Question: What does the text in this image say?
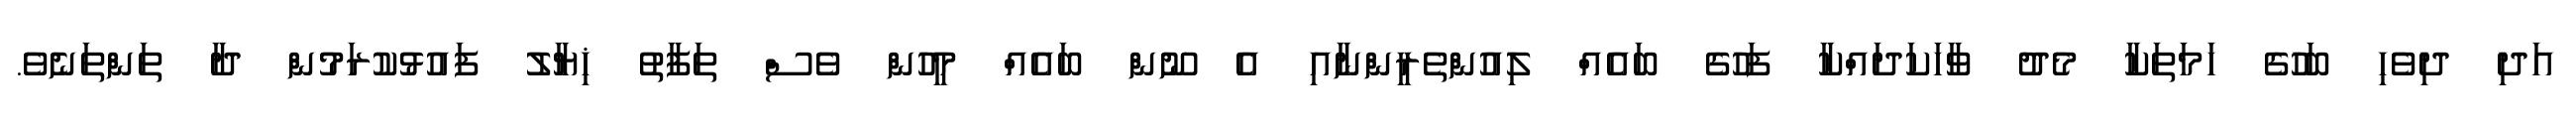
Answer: އަދި ދިވެހި ބަހުގެ ހަމަތަކާ މެދު ވާހަކަދައްކާ ފަހުގެ ބައެއް ލިއުންތެރީންނާއި އެ ނޫން ބައެއް މީހުން ވެސް ތަފާތު ޚިޔާލު ފައުޅުކުރަމުން ދާ ތަންތަނެވެ.